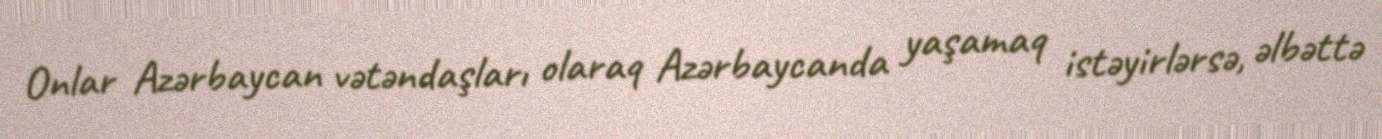
Onlar Azərbaycan vətəndaşları olaraq Azərbaycanda yaşamaq istəyirlərsə, əlbəttə